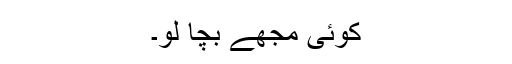
کوئی مجھے بچا لو۔